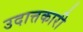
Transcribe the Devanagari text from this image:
उदात्तकारी